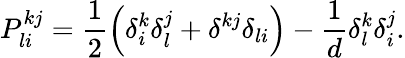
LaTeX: P_{li}^{kj}=\frac 12\left(\delta_{i}^{k}\delta_{l}^{j}+\delta^{kj}\delta_{li}\right)-\frac 1d\delta_{l}^{k}\delta_{i}^{j}.